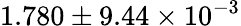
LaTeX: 1.780\pm 9.44\times 10^{-3}